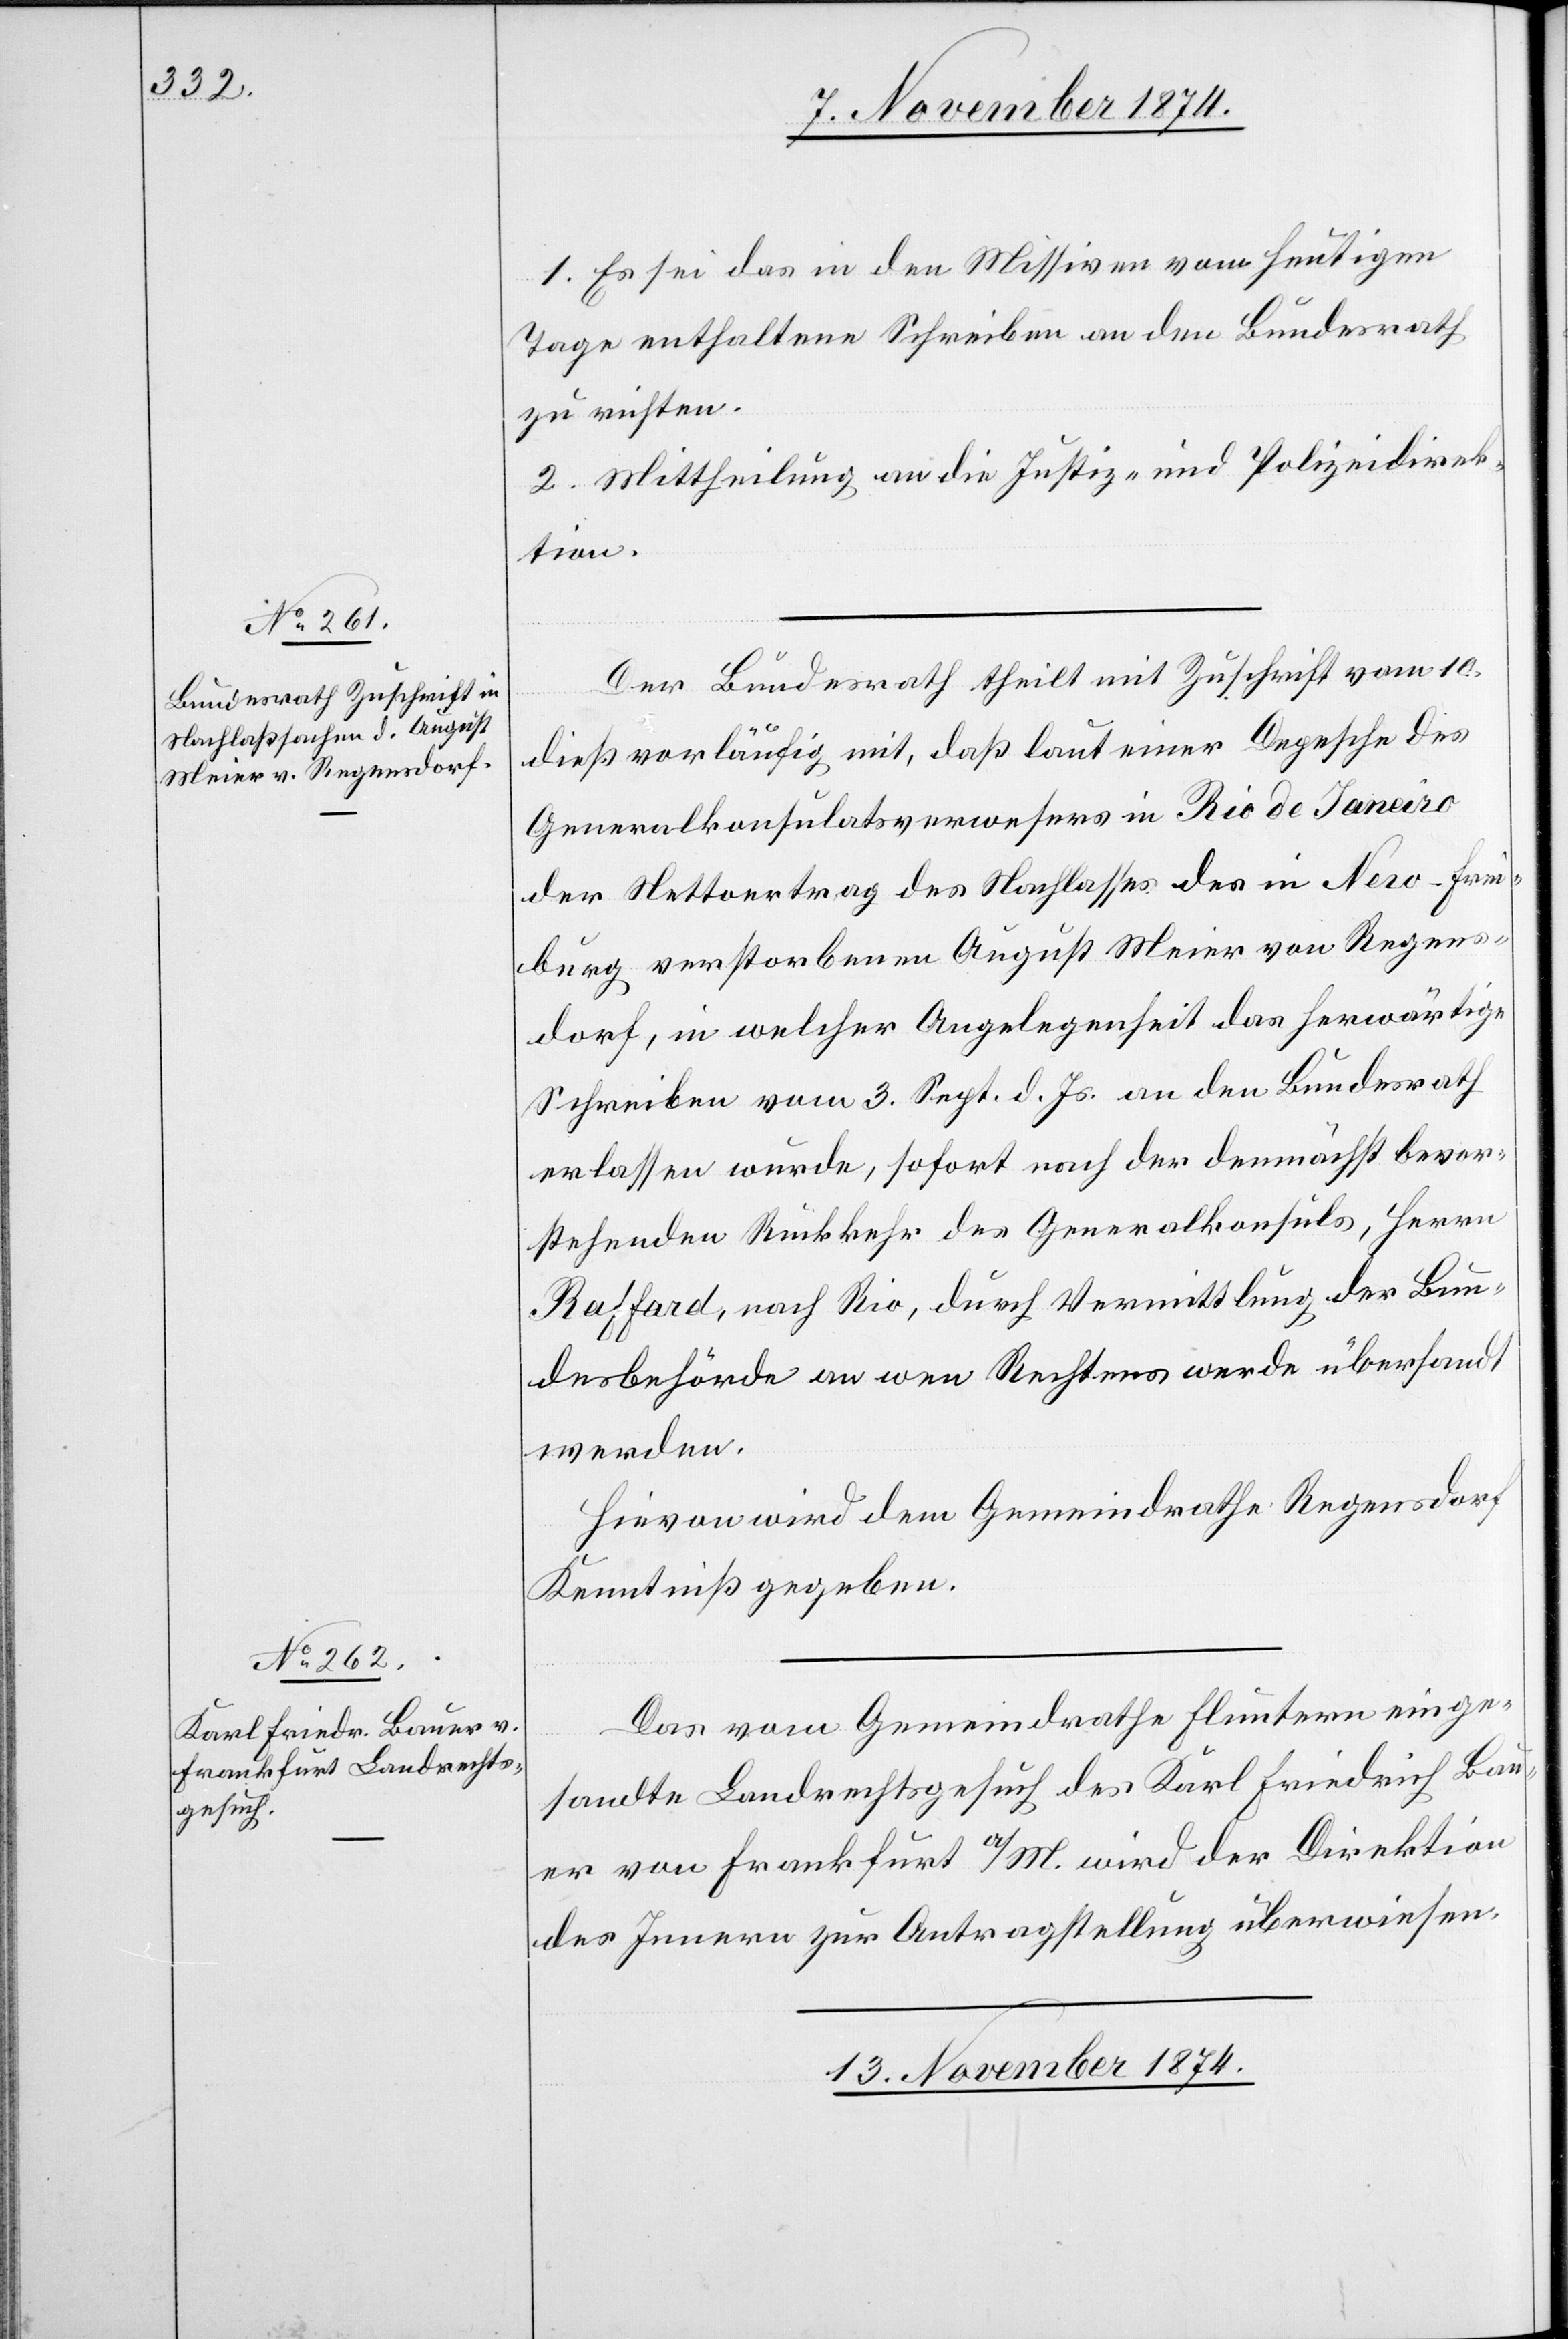
1. Es sei das in den Missiven vom heutigen
Tage enthaltene Schreiben an den Bundesrath
zu richten.
2. Mittheilung an die Justiz- und Polizeidirek¬
tion.
Der Bundesrath theilt mit Zuschrift vom 10.
dieß vorläufig mit, daß laut einer Depesche des
Generalkonsulatsverwesers in Rio de Janeiro
der Nettoertrag des Nachlasses des in New-Fre¬
iburg verstorbenen August Meier von Regens¬
dorf, in welcher Angelegenheit das herwärtige
Schreiben vom 3. Sept. d. Js. an den Bundesrath
erlassen wurde, sofort nach der demnächst bevor¬
stehenden Rückkehr des Generalkonsuls, Herrn
Raffard, nach Rio, durch Vermittlung der Bun¬
desbehörde an wen Rechtens werde übersandt
werden.
Hievon wird dem Gemeindrathe Regensdorf
Kenntniß gegeben.
Das vom Gemeindrathe Fluntern einge¬
sandte Landrechtsgesuch des Karl Friedrich Bau¬
er von Frankfurt a/M. wird der Direktion
des Innern zur Antragstellung überwiesen.
13. November 1874.